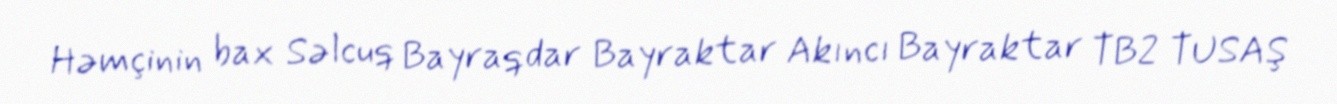
Həmçinin bax Səlcuq Bayraqdar Bayraktar Akıncı Bayraktar TB2 TUSAŞ